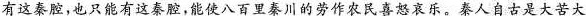
有这秦腔,也只能有这秦腔,能使八百里秦川的劳作农民喜怒哀乐。秦人自古是大苦大